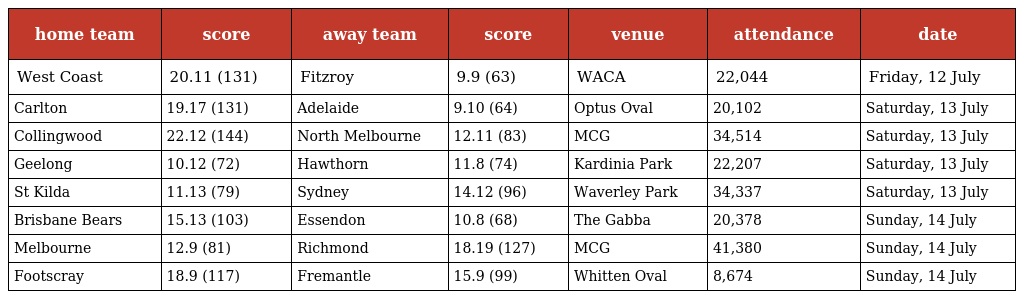
| home team | score | away team | score | venue | attendance | date |
 | --- | --- | --- | --- | --- | --- | --- |
 | West Coast | 20.11 (131) | Fitzroy | 9.9 (63) | WACA | 22,044 | Friday, 12 July |
 | Carlton | 19.17 (131) | Adelaide | 9.10 (64) | Optus Oval | 20,102 | Saturday, 13 July |
 | Collingwood | 22.12 (144) | North Melbourne | 12.11 (83) | MCG | 34,514 | Saturday, 13 July |
 | Geelong | 10.12 (72) | Hawthorn | 11.8 (74) | Kardinia Park | 22,207 | Saturday, 13 July |
 | St Kilda | 11.13 (79) | Sydney | 14.12 (96) | Waverley Park | 34,337 | Saturday, 13 July |
 | Brisbane Bears | 15.13 (103) | Essendon | 10.8 (68) | The Gabba | 20,378 | Sunday, 14 July |
 | Melbourne | 12.9 (81) | Richmond | 18.19 (127) | MCG | 41,380 | Sunday, 14 July |
 | Footscray | 18.9 (117) | Fremantle | 15.9 (99) | Whitten Oval | 8,674 | Sunday, 14 July |